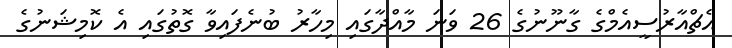
އެޗްއާރުސީއެމްގެ ގާނޫނުގެ 26 ވަނަ މާއްދާގައި މިހާރު ބުނެފައިވާ ގޮތުގައި އެ ކޮމިޝަނުގެ